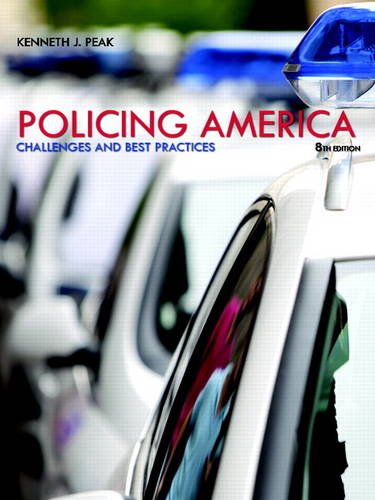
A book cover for Policing America: Challenges and Best Practices (8th Edition); Ken Peak; Law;